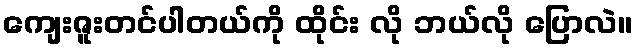
ကျေးဇူးတင်ပါတယ်ကို ထိုင်း လို ဘယ်လို ပြောလဲ။